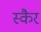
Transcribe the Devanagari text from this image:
स्कैर